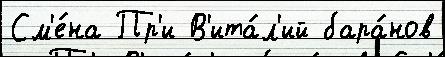
См'е́на Пр'и В'ита́л'ий бара́нов